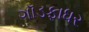
ગૉડફાધર